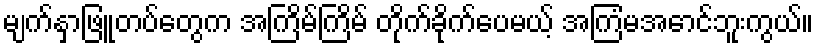
မျက်နှာဖြူတပ်တွေက အကြိမ်ကြိမ် တိုက်ခိုက်ပေမယ့် အကြံမအောင်ဘူးကွယ်။